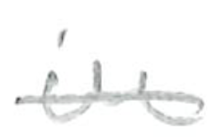
Text: in
Cross-out: single-line
Writing tool: pencil